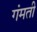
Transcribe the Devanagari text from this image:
गंमती